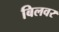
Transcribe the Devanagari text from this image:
बिलवर